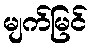
မျက်မြင်